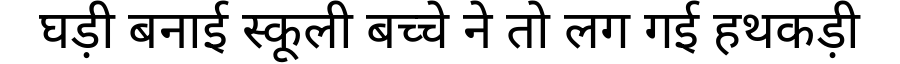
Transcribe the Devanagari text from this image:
घड़ी बनाई स्कूली बच्चे ने तो लग गई हथकड़ी